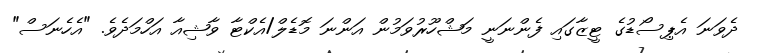
ދެވަނަ އެޕިސޯޑުގެ ޓީޒާގައި ފެންނަނީ މަޝްހޫރުވަމުން އަންނަ މޮޑެލް/އެކްޓާ ވާޝިއާ އަހްމަދެވެ. "އެހެނަސް"